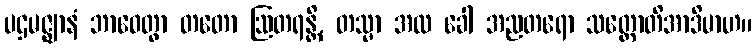
ပဌမဇ္ဈာနံ ဘာဝေတွာ တတော ဩတရန္တိ, တသ္မာ အထ ခေါ အညတရော သတ္တောတိအာဒိမာဟ။